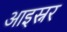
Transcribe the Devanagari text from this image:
आइस्नर